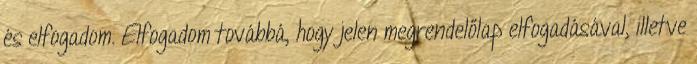
és elfogadom. Elfogadom továbbá, hogy jelen megrendelőlap elfogadásával, illetve